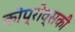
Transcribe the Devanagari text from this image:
कोप्रोव्सकी